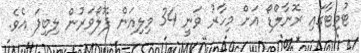
ޓުވިޓާގައި ރޮނާލްޑޯ އަށް މިހާރު ވަނީ 34 މިލިއަން ފޮލޯވަރުން ލިބިފަ އެވެ.